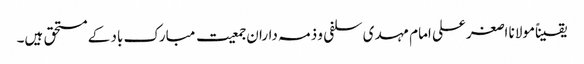
یقیناًمولانا اصغرعلی امام مہدی سلفی و ذمہ داران جمعیت مبارک باد کے مستحق ہیں۔